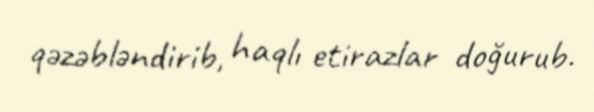
qəzəbləndirib, haqlı etirazlar doğurub.